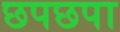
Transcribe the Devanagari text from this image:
छपछपा